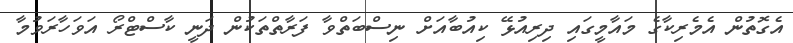
އެގޮތުން އެމެރިކާގެ މައާމީގައި ދިރިއުޅޭ ކިއުބާއަށް ނިސްބަތްވާ ފަރާތްތަކުން ދަނީ ކާސްޓްރޯ އަވަހާރަވުމާ